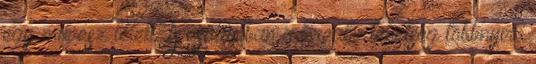
egy művész lélek. A családban a kreatív tehetség többnyire